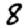
Digit: 8